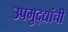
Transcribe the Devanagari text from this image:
उपमुद्द्यांची